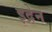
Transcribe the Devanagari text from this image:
इद्रेन